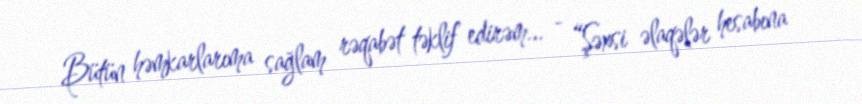
Bütün həmkarlarıma sağlam rəqabət təklif edirəm... - “Şəxsi əlaqələr hesabına